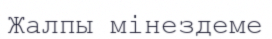
Жалпы мінездеме